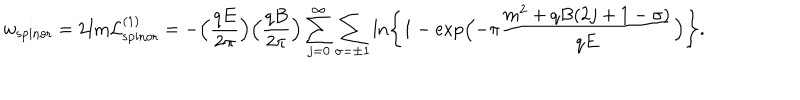
w _ { \mathrm { s p i n o r } } = 2 \mathrm { I m } { \cal L } _ { \mathrm { s p i n o r } } ^ { ( 1 ) } = - \Bigl ( \frac { q E } { 2 \pi } \Bigr ) \Bigl ( \frac { q B } { 2 \pi } \Bigr ) \sum _ { j = 0 } ^ { \infty } \sum _ { \sigma = \pm 1 } \ln \Biggl \{ 1 - \exp \Bigl ( - \pi \frac { m ^ { 2 } + q B ( 2 j + 1 - \sigma ) } { q E } \Bigr ) \Biggr \} .